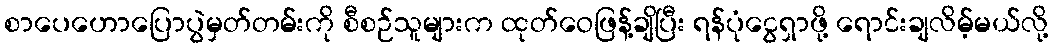
စာပေဟောပြောပွဲမှတ်တမ်းကို စီစဉ်သူများက ထုတ်ဝေဖြန့်ချိပြီး ရန်ပုံငွေရှာဖို့ ရောင်းချလိမ့်မယ်လို့